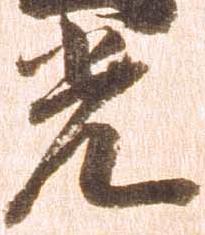
光